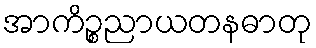
အာကိဉ္စညာယတနဓာတု